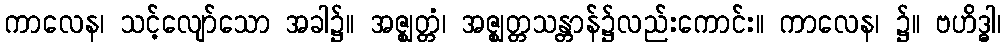
ကာလေန၊ သင့်လျော်သော အခါ၌။ အဇ္ဈတ္တံ၊ အဇ္ဈတ္တသန္တာန်၌လည်းကောင်း။ ကာလေန၊ ၌။ ဗဟိဒ္ဓါ၊